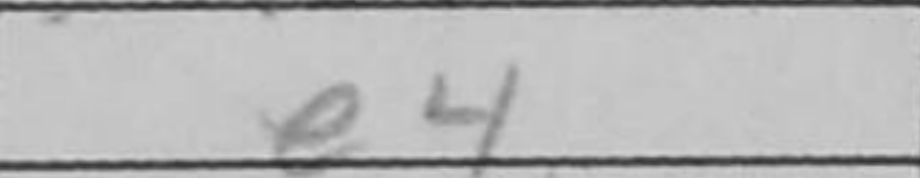
Transcription: e4